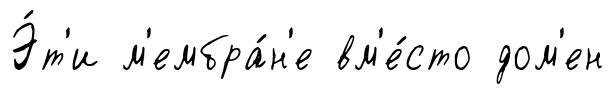
Э́т'и м'ембра́н'е вм'е́сто дом'ен